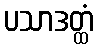
ပသာဒတ္ထံ